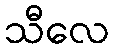
သီလေ